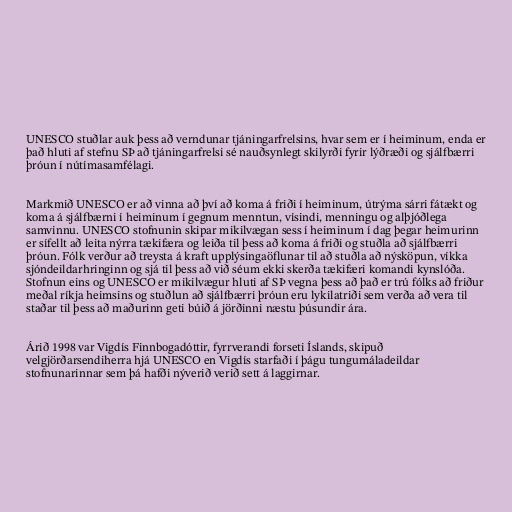
UNESCO stuðlar auk þess að verndunar tjáningarfrelsins, hvar sem er í heiminum, enda er
það hluti af stefnu SÞ að tjáningarfrelsi sé nauðsynlegt skilyrði fyrir lýðræði og sjálfbærri
þróun í nútímasamfélagi.

Markmið UNESCO er að vinna að því að koma á friði í heiminum, útrýma sárri fátækt og
koma á sjálfbærni í heiminum í gegnum menntun, vísindi, menningu og alþjóðlega
samvinnu. UNESCO stofnunin skipar mikilvægan sess í heiminum í dag þegar heimurinn
er sífellt að leita nýrra tækifæra og leiða til þess að koma á friði og stuðla að sjálfbærri
þróun. Fólk verður að treysta á kraft upplýsingaöflunar til að stuðla að nýsköpun, víkka
sjóndeildarhringinn og sjá til þess að við séum ekki skerða tækifæri komandi kynslóða.
Stofnun eins og UNESCO er mikilvægur hluti af SÞ vegna þess að það er trú fólks að friður
meðal ríkja heimsins og stuðlun að sjálfbærri þróun eru lykilatriði sem verða að vera til
staðar til þess að maðurinn geti búið á jörðinni næstu þúsundir ára.

Árið 1998 var Vigdís Finnbogadóttir, fyrrverandi forseti Íslands, skipuð
velgjörðarsendiherra hjá UNESCO en Vigdís starfaði í þágu tungumáladeildar
stofnunarinnar sem þá hafði nýverið verið sett á laggirnar.